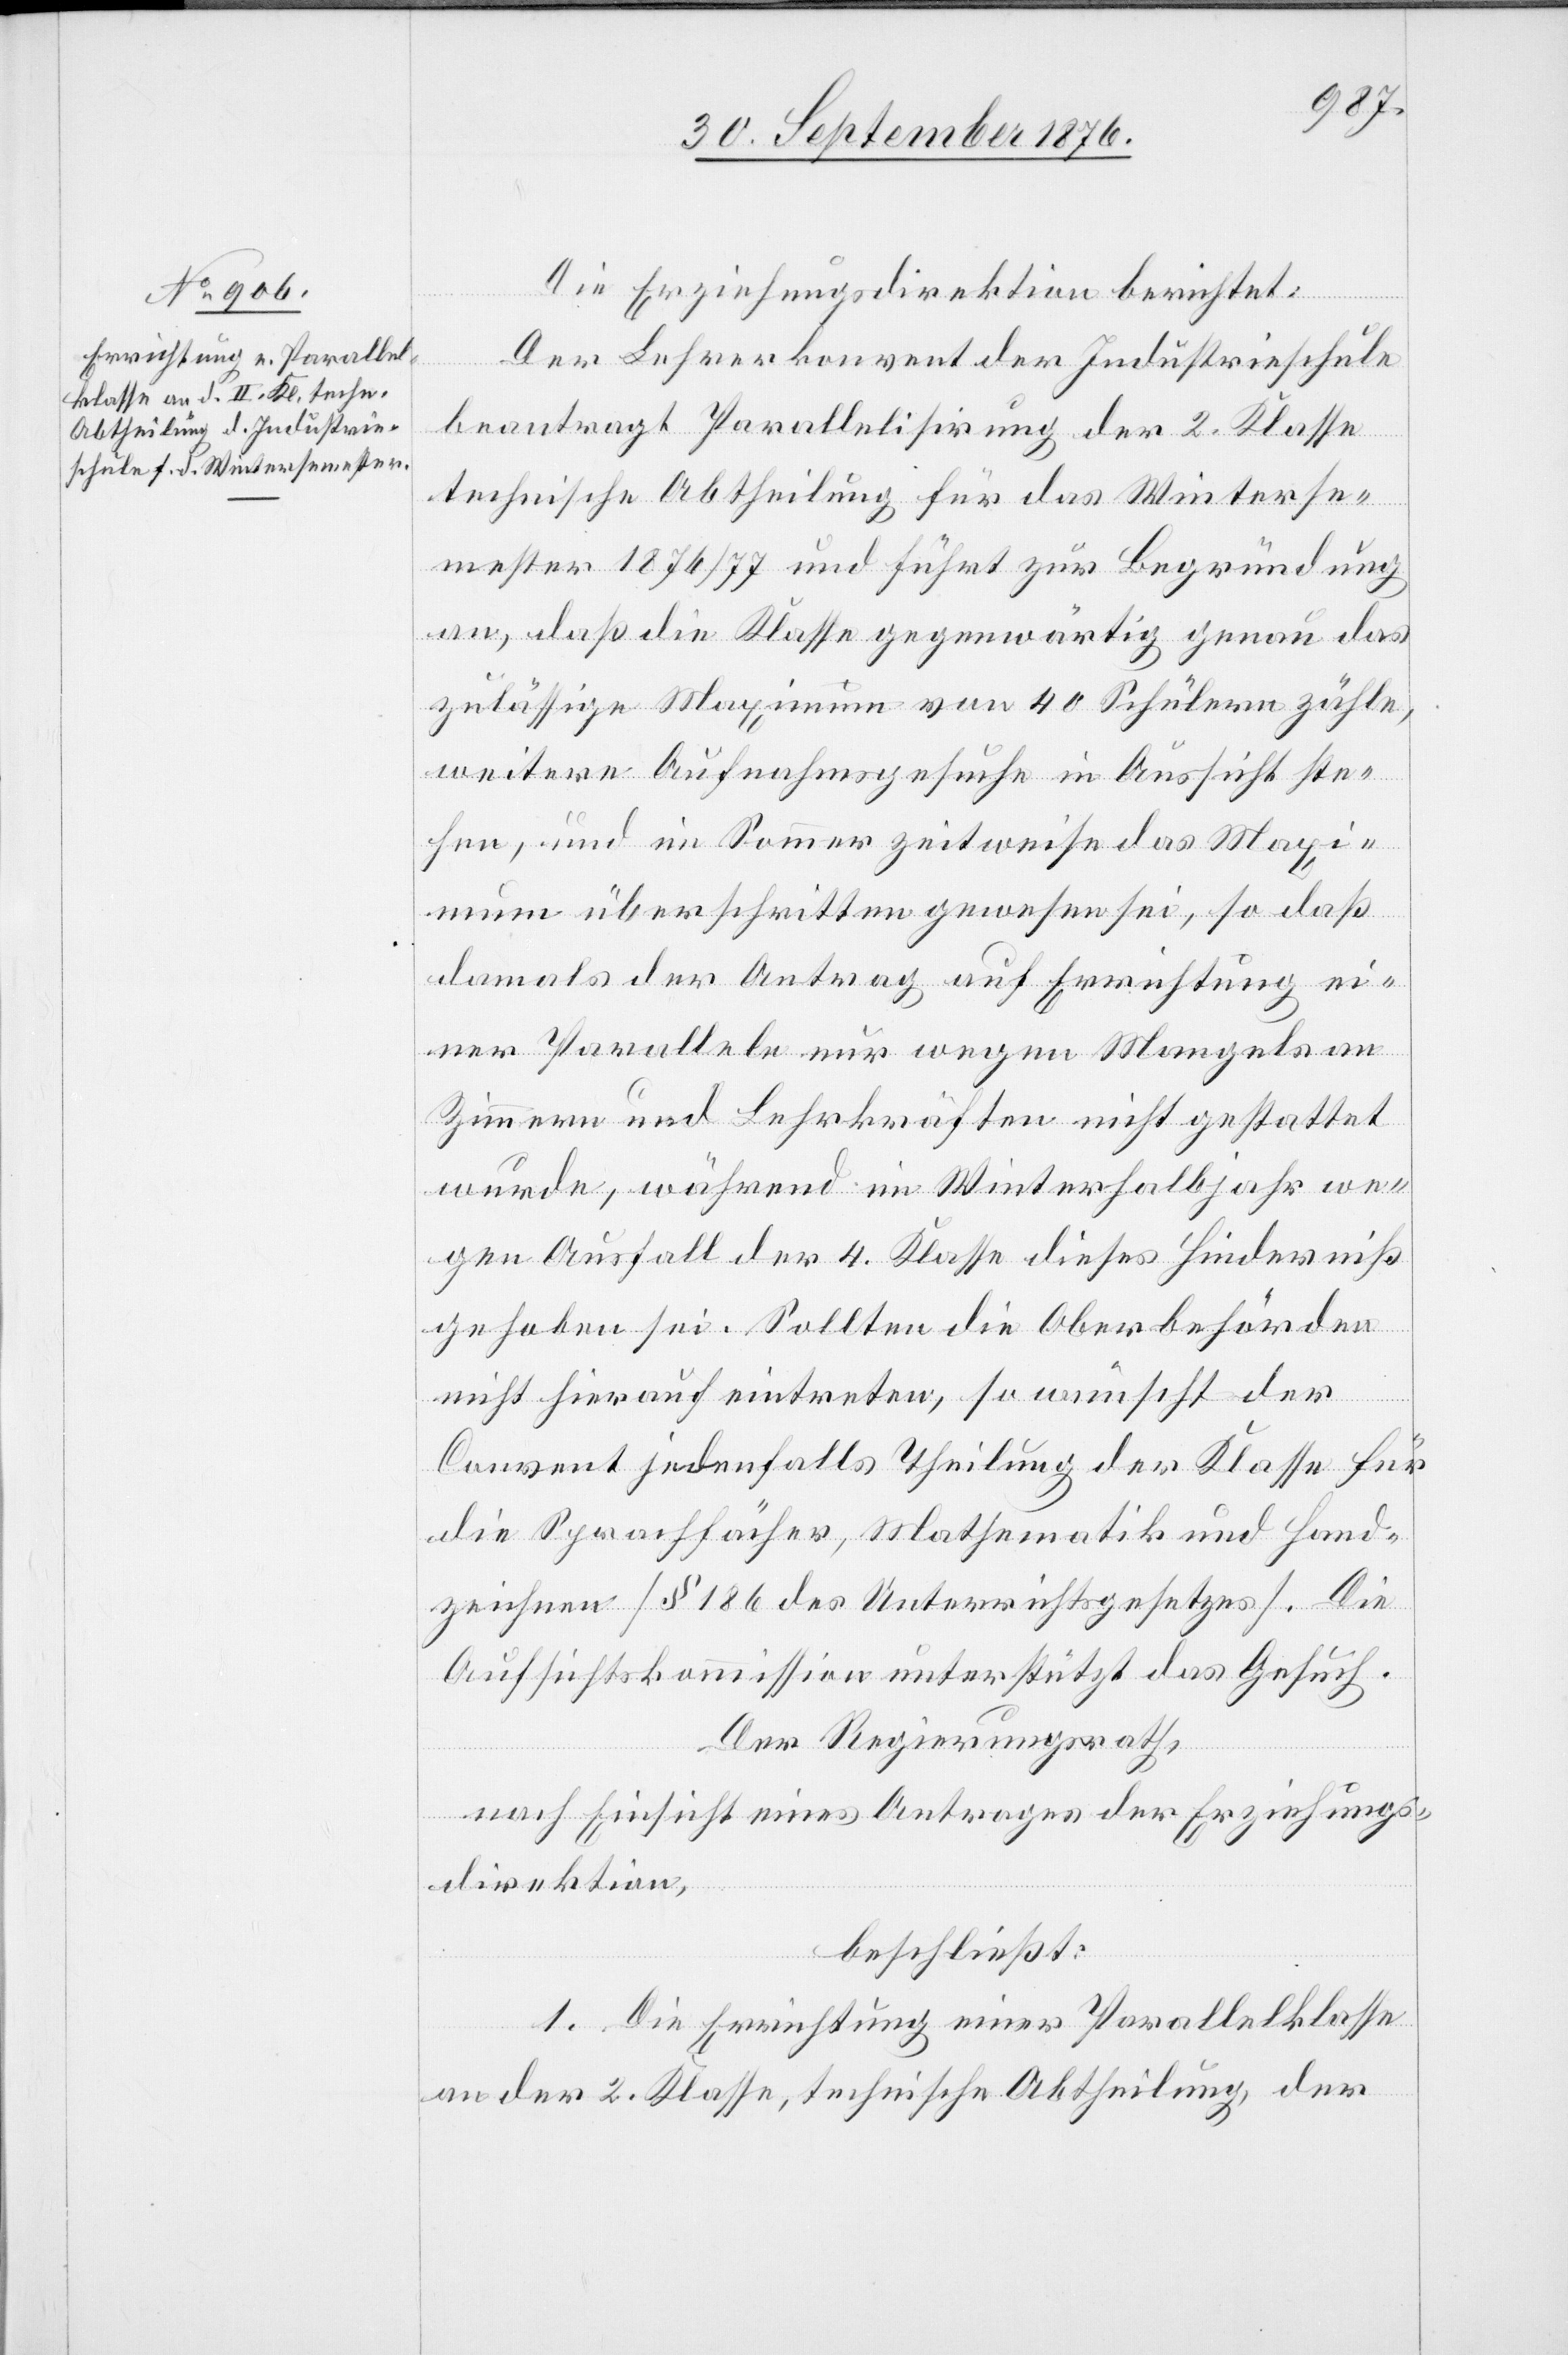
Die Erziehungsdirektion berichtet:
Der Lehrerkonvent der Industrieschule
beantragt Parallelisirung der 2. Klasse
technische Abtheilung für das Winterse¬
mester 1876/77 und führt zur Begründung
an, daß die Klasse gegenwärtig genau das
zulässige Maximum von 40 Schülern zähle,
weitere Aufnahmsgesuche in Aussicht ste¬
hen, und im Sommer zeitweise das Maxi¬
mum überschritten gewesen sei, so daß
damals der Antrag auf Errichtung ei¬
ner Parallele nur wegen Mangels an
Zimmern und Lehrkräften nicht gestattet
wurde, während im Winterhalbjahr we¬
gen Ausfall der 4. Klasse dieses Hinderniß
behoben] sei. Sollten die Oberbehörden
nicht hierauf eintreten, so wünscht der
Convent jedenfalls Theilung der Klasse für
die Sprachfächer, Mathematik und Hand¬
zeichnen [§ 186 des Unterrichtsgesetzes]. Die
Aufsichtskommission unterstützt das Gesuch.
Der Regierungsrath,
nach Einsicht eines Antrages der Erziehungs¬
direktion,
beschließt:
1. Die Errichtung einer Parallelklasse
an der 2. Klasse, technische Abtheilung, der